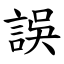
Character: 誤